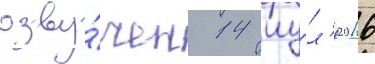
озву́чен 14 иу́л'я 2016